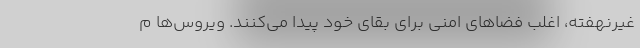
غیرنهفته، اغلب فضاهای امنی برای بقای خود پیدا می‌کنند. ویروس‌ها م